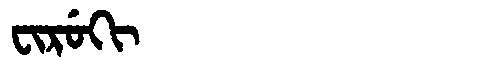
Manchu: ᠸᡳᡵᡠᡴᡳ
Romanization: FIRUKI